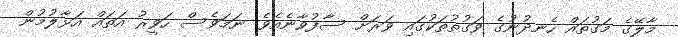
މާލޭގެ މަގުތައް ހެނދުނުގެ ވަގުތުތަކުގައި ވަރަށް ސާފުވާނެއެވެ. ނަމަވެސް ހަވީރު އަތައް އަޅާލުމުން